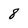
Character: 8